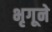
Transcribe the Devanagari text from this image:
भृगूने